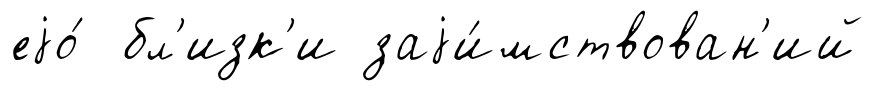
еjо́ бл'изк'и заjи́мствован'ий